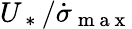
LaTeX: U_{\mathrm{~*~}}/\dot{\sigma}_{\mathrm{~m~a~x~}}